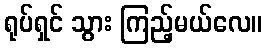
ရုပ်ရှင် သွား ကြည့်မယ်လေ။